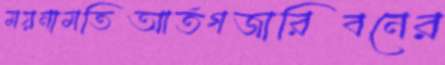
ময়নামতিআর্তগজারিবনের